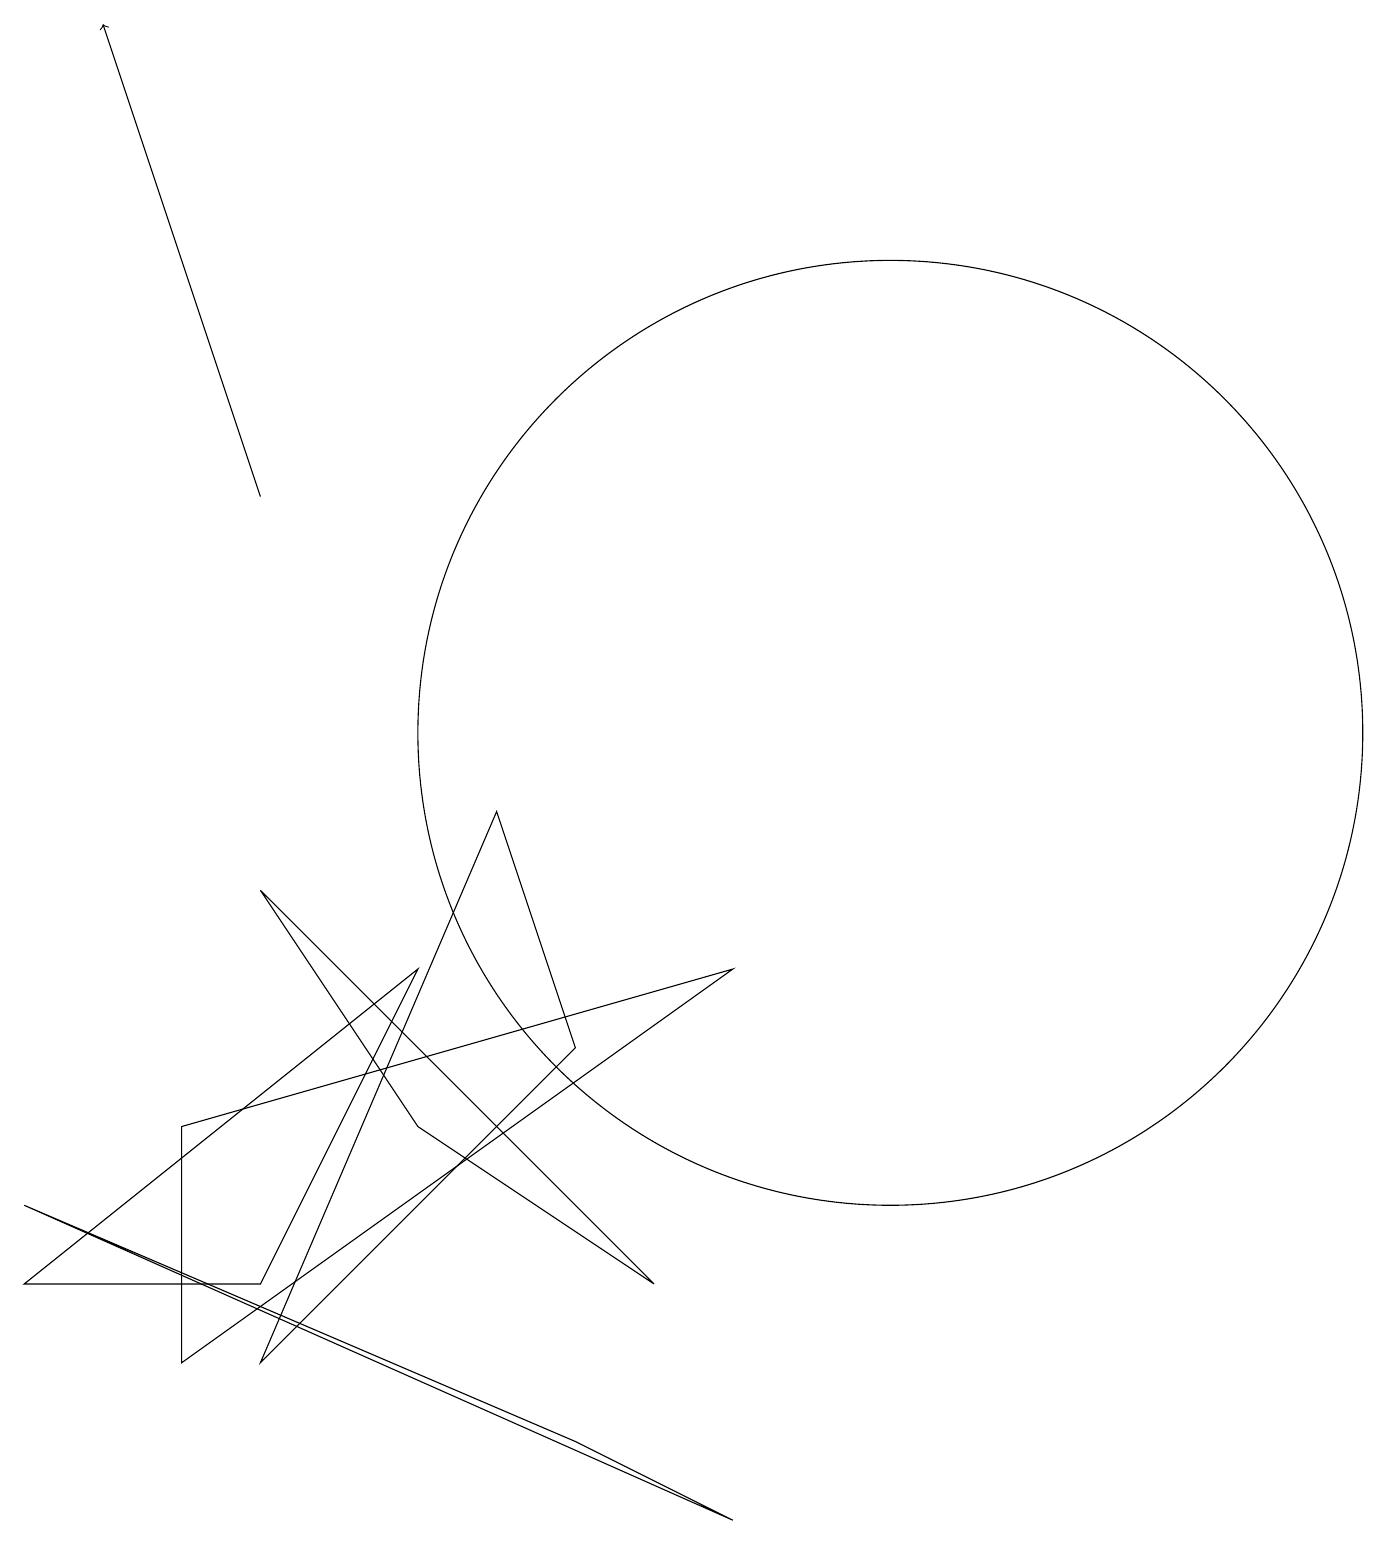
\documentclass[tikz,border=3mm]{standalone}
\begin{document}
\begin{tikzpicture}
\draw (7,1) -- (0,4) -- (9,0) -- cycle;
\draw[->] (3,13) -- (1,19);
\draw (3,8) -- (8,3) -- (5,5) -- cycle;
\draw (6,9) -- (3,2) -- (7,6) -- cycle;
\draw (3,3) -- (0,3) -- (5,7) -- cycle;
\draw (11,10) circle (6);
\draw (9,7) -- (2,2) -- (2,5) -- cycle;
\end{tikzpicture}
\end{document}